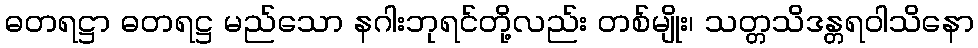
ဓတရဋ္ဌာ ဓတရဋ္ဌ မည်သော နဂါးဘုရင်တို့လည်း တစ်မျိုး၊ သတ္တသိဒန္တရဝါသိနော